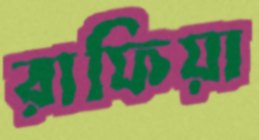
রাফিয়া